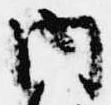
内